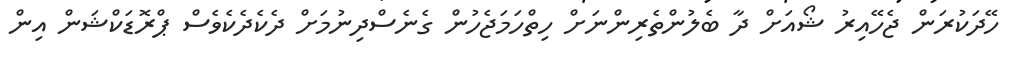
ހޭދަކުރަން ޖެހޭއިރު ޝޯއަށް ދާ ބެލުންތެރިންނަށް ހިތްހަމަޖެހުން ގެނެސްދިނުމަށް ދެކެދެކެވެސް ޕްރޮޑަކްޝަން އިން